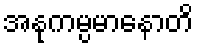
အနုကမ္ပမာနောတိ